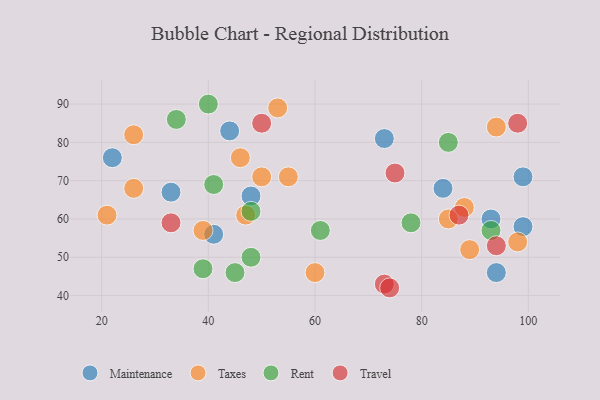
{"axis": {"x": "GDP", "y": "Life Expectancy"}, "legend": ["Maintenance", "Rent", "Taxes", "Travel"], "data": [{"x": "41", "y": 56, "type": "Maintenance"}, {"x": "84", "y": 68, "type": "Maintenance"}, {"x": "99", "y": 58, "type": "Maintenance"}, {"x": "33", "y": 67, "type": "Maintenance"}, {"x": "48", "y": 66, "type": "Maintenance"}, {"x": "94", "y": 46, "type": "Maintenance"}, {"x": "99", "y": 71, "type": "Maintenance"}, {"x": "22", "y": 76, "type": "Maintenance"}, {"x": "44", "y": 83, "type": "Maintenance"}, {"x": "73", "y": 81, "type": "Maintenance"}, {"x": "93", "y": 60, "type": "Maintenance"}, {"x": "98", "y": 54, "type": "Taxes"}, {"x": "89", "y": 52, "type": "Taxes"}, {"x": "53", "y": 89, "type": "Taxes"}, {"x": "85", "y": 60, "type": "Taxes"}, {"x": "26", "y": 82, "type": "Taxes"}, {"x": "50", "y": 71, "type": "Taxes"}, {"x": "88", "y": 63, "type": "Taxes"}, {"x": "55", "y": 71, "type": "Taxes"}, {"x": "94", "y": 84, "type": "Taxes"}, {"x": "26", "y": 68, "type": "Taxes"}, {"x": "46", "y": 76, "type": "Taxes"}, {"x": "47", "y": 61, "type": "Taxes"}, {"x": "60", "y": 46, "type": "Taxes"}, {"x": "39", "y": 57, "type": "Taxes"}, {"x": "21", "y": 61, "type": "Taxes"}, {"x": "93", "y": 57, "type": "Rent"}, {"x": "48", "y": 50, "type": "Rent"}, {"x": "61", "y": 57, "type": "Rent"}, {"x": "41", "y": 69, "type": "Rent"}, {"x": "45", "y": 46, "type": "Rent"}, {"x": "40", "y": 90, "type": "Rent"}, {"x": "85", "y": 80, "type": "Rent"}, {"x": "39", "y": 47, "type": "Rent"}, {"x": "34", "y": 86, "type": "Rent"}, {"x": "48", "y": 62, "type": "Rent"}, {"x": "78", "y": 59, "type": "Rent"}, {"x": "33", "y": 59, "type": "Travel"}, {"x": "73", "y": 43, "type": "Travel"}, {"x": "75", "y": 72, "type": "Travel"}, {"x": "74", "y": 42, "type": "Travel"}, {"x": "50", "y": 85, "type": "Travel"}, {"x": "87", "y": 61, "type": "Travel"}, {"x": "98", "y": 85, "type": "Travel"}, {"x": "94", "y": 53, "type": "Travel"}]}